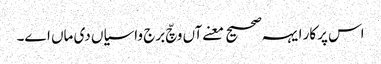
اس پرکار ایہہ صحیح معنےآں وچّ برج واسیاں دی ماں اے۔